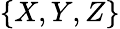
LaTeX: \{ X,Y,Z\}